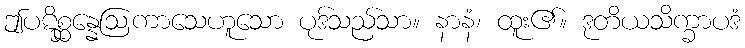
ဤပဋိစ္ဆန္နေဩကာသေဟူသော ပုဒ်သည်သာ။ နာနံ၊ ထူး၏။ ဒုတိယသိက္ခာပဒံ